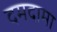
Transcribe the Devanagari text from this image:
दमदामा